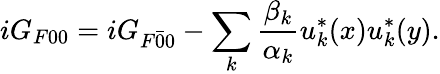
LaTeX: iG_{F00}=iG_{F\bar{0}{0}}-\sum_{k}\frac{\beta_{k}}{\alpha_{k}}u_{k}^{*}(x)u_{k}^{*}(y).